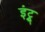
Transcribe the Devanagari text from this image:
इंट्रू